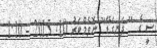
ސީ ގެ " ދަނގަޑޭ" ނޮވެމްބަރު 10